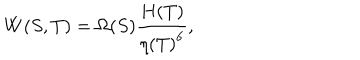
{ W ( S , T ) = { \Omega ( S ) { \frac { H ( T ) } { { \eta ( T ) } ^ { 6 } } } } } ,